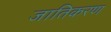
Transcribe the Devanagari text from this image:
जातिकरण